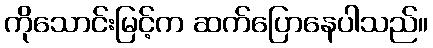
ကိုသောင်းမြင့်က ဆက်ပြောနေပါသည်။